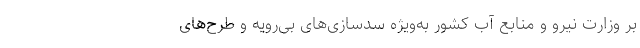
بر وزارت نیرو و منابع آب کشور به‌ویژه سدسازی‌های بی‌رویه و طرح‌های